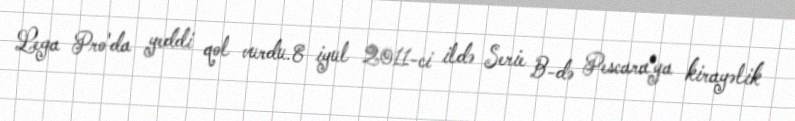
Lega Pro'da yeddi qol vurdu.8 iyul 2011-ci ildə Serie B-də Pescara'ya kirayəlik